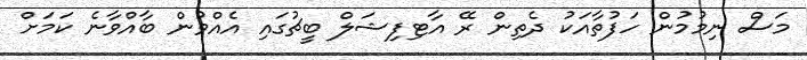
މަސް ނިމުމުން ހަފުތާއަކު ދެތިން ރޭ އާޓިފިޝަލް ބީޗުގައި އެއްވުން ބާއްވާނެ ކަމަށް